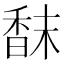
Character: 𩠿